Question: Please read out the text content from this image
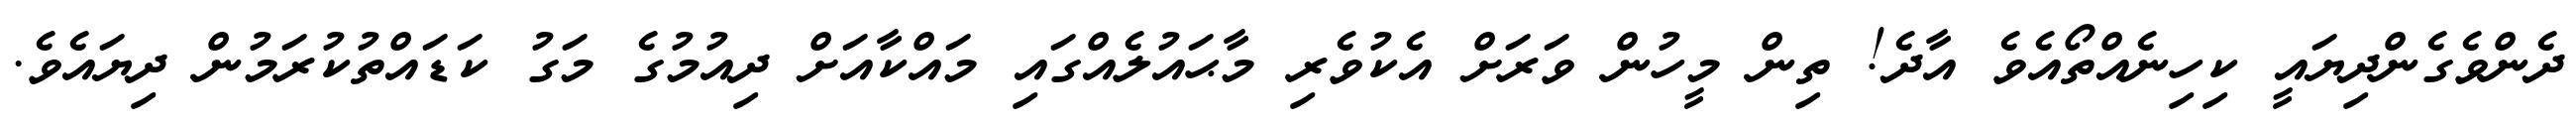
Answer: ދެންވެގެންދިޔައީ ކިހިނެއްތޯއެވެ އާދެ! ތިން މީހުން ވަރަށް އެކުވެރި މާޙައުލެއްގައި މައްކާއަށް ދިއުމުގެ މަގު ކަޑައްތުކުރަމުން ދިޔައެވެ.